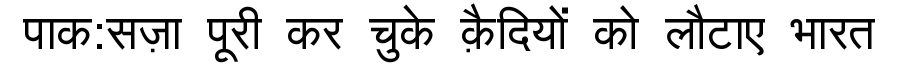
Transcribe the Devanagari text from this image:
पाक:सज़ा पूरी कर चुके क़ैदियों को लौटाए भारत